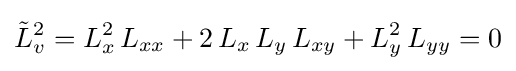
{\tilde {L}}_{v}^{2}=L_{x}^{2}\,L_{xx}+2\,L_{x}\,L_{y}\,L_{xy}+L_{y}^{2}\,L_{yy}=0